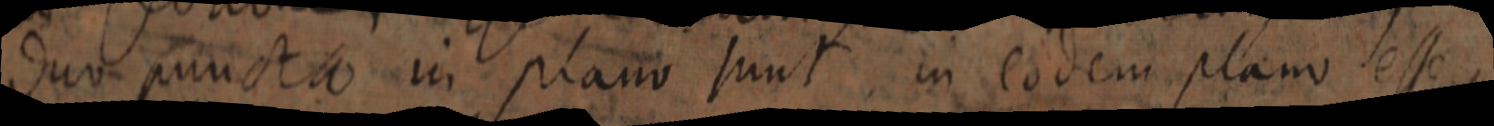
duo puncta in plano sunt in eodem plano esse,